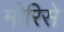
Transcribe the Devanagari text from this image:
मोरिसे